Annual administration report of the Civil Veterinary Department of India - 1903-1904
Year: 1903
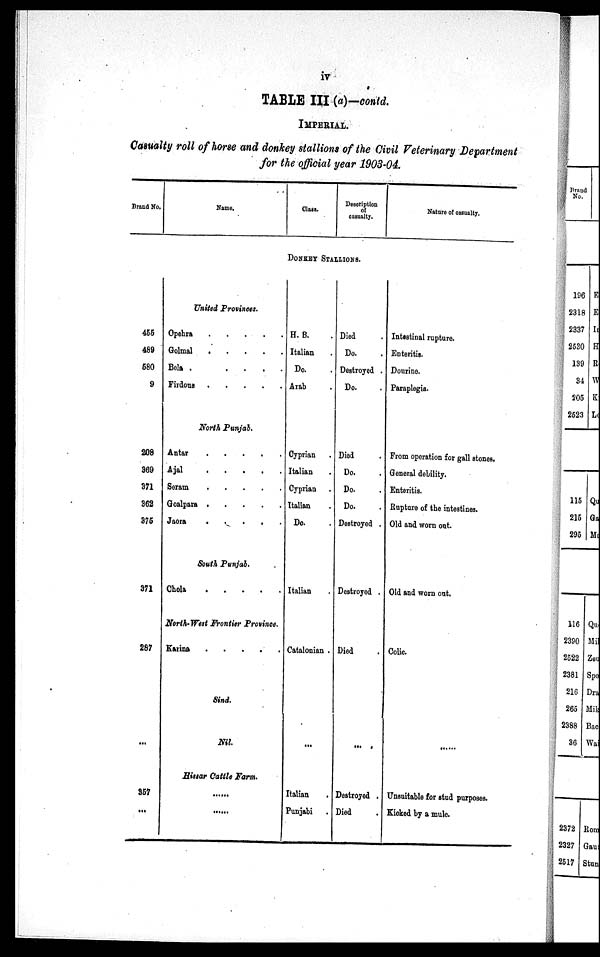
iv
TABLE III (a)—contd.
IMPERIAL.
Casualty roll of horse and donkey stallions of the Civil Veterinary Department
for the official year 1903-04.
Brand No.
455
489
580
9
208
369
371
362
375
371
287
...
357
...
Name.
Class.
Description
of
casualty.
DONKEY STALLIONS.
United Provinces.
Opehrs . . . . .
Golmal
.
.
.
.
.
Bola .
.
.
.
.
Firdous
.
.
.
.
.
North Punjab.
Antar
.
.
.
.
.
Ajal
.
.
.
.
.
Seram
.
.
.
.
.
Goalpara
.
.
.
.
.
Jaora
.
.
.
.
.
South Punjab.
Chola
.
.
.
.
.
North-West Frontier Province.
Karina
.
.
.
.
.
Sind.
Nil.
Hissar Cattle Farm.
......
H. B. .
Italian .
Do. .
Arab .
Cyprian .
Italian .
Cyprian .
Italian .
Do. .
Italian .
Catalonian .
...
Italian .
Punjabi .
Died .
Do. .
Destroyed .
Do. .
Died .
Do. .
Do. .
Do. .
Destroyed .
Destroyed .
Died
...
Destroyed .
Died .
Nature of casualty.
Intestinal rupture.
Enteritis.
Dourine.
Paraplegia.
From operation for gall stones.
General debility.
Enteritis.
Rupture of the intestines.
Old and worn out.
Old and worn out.
Colic.
Unsuitable for stud purposes.
Kicked by a mule.